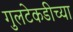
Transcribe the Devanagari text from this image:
गुलटेकडीच्या